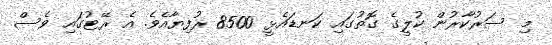
މި ސަރުކާރުން ކުލީގެ ގޮތުގައި ކަނޑައެޅީ 8500 ރުފިޔާއެވެ. އެ ރޭޓުގައި ވެސް